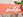
لولو